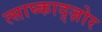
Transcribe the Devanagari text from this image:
त्साघ्काद्ज़ोर